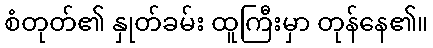
စံတုတ်၏ နှုတ်ခမ်း ထူကြီးမှာ တုန်နေ၏။